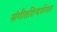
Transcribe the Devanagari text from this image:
संगीतदिग्दर्शनात